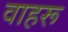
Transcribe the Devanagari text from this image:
वाहरू